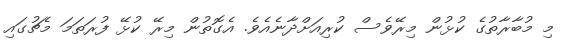
މި މުބާރާތުގެ ކުޅުން މިރޭވެސް ކުރިއަށްދާނެއެވެ. އެގޮތުން މިރޭ ކުޅޭ ފުރަތަމަ މެޗުގައި